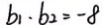
b _ { 1 } \cdot b _ { 2 } = - 8